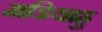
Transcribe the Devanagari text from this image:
मडियाहु